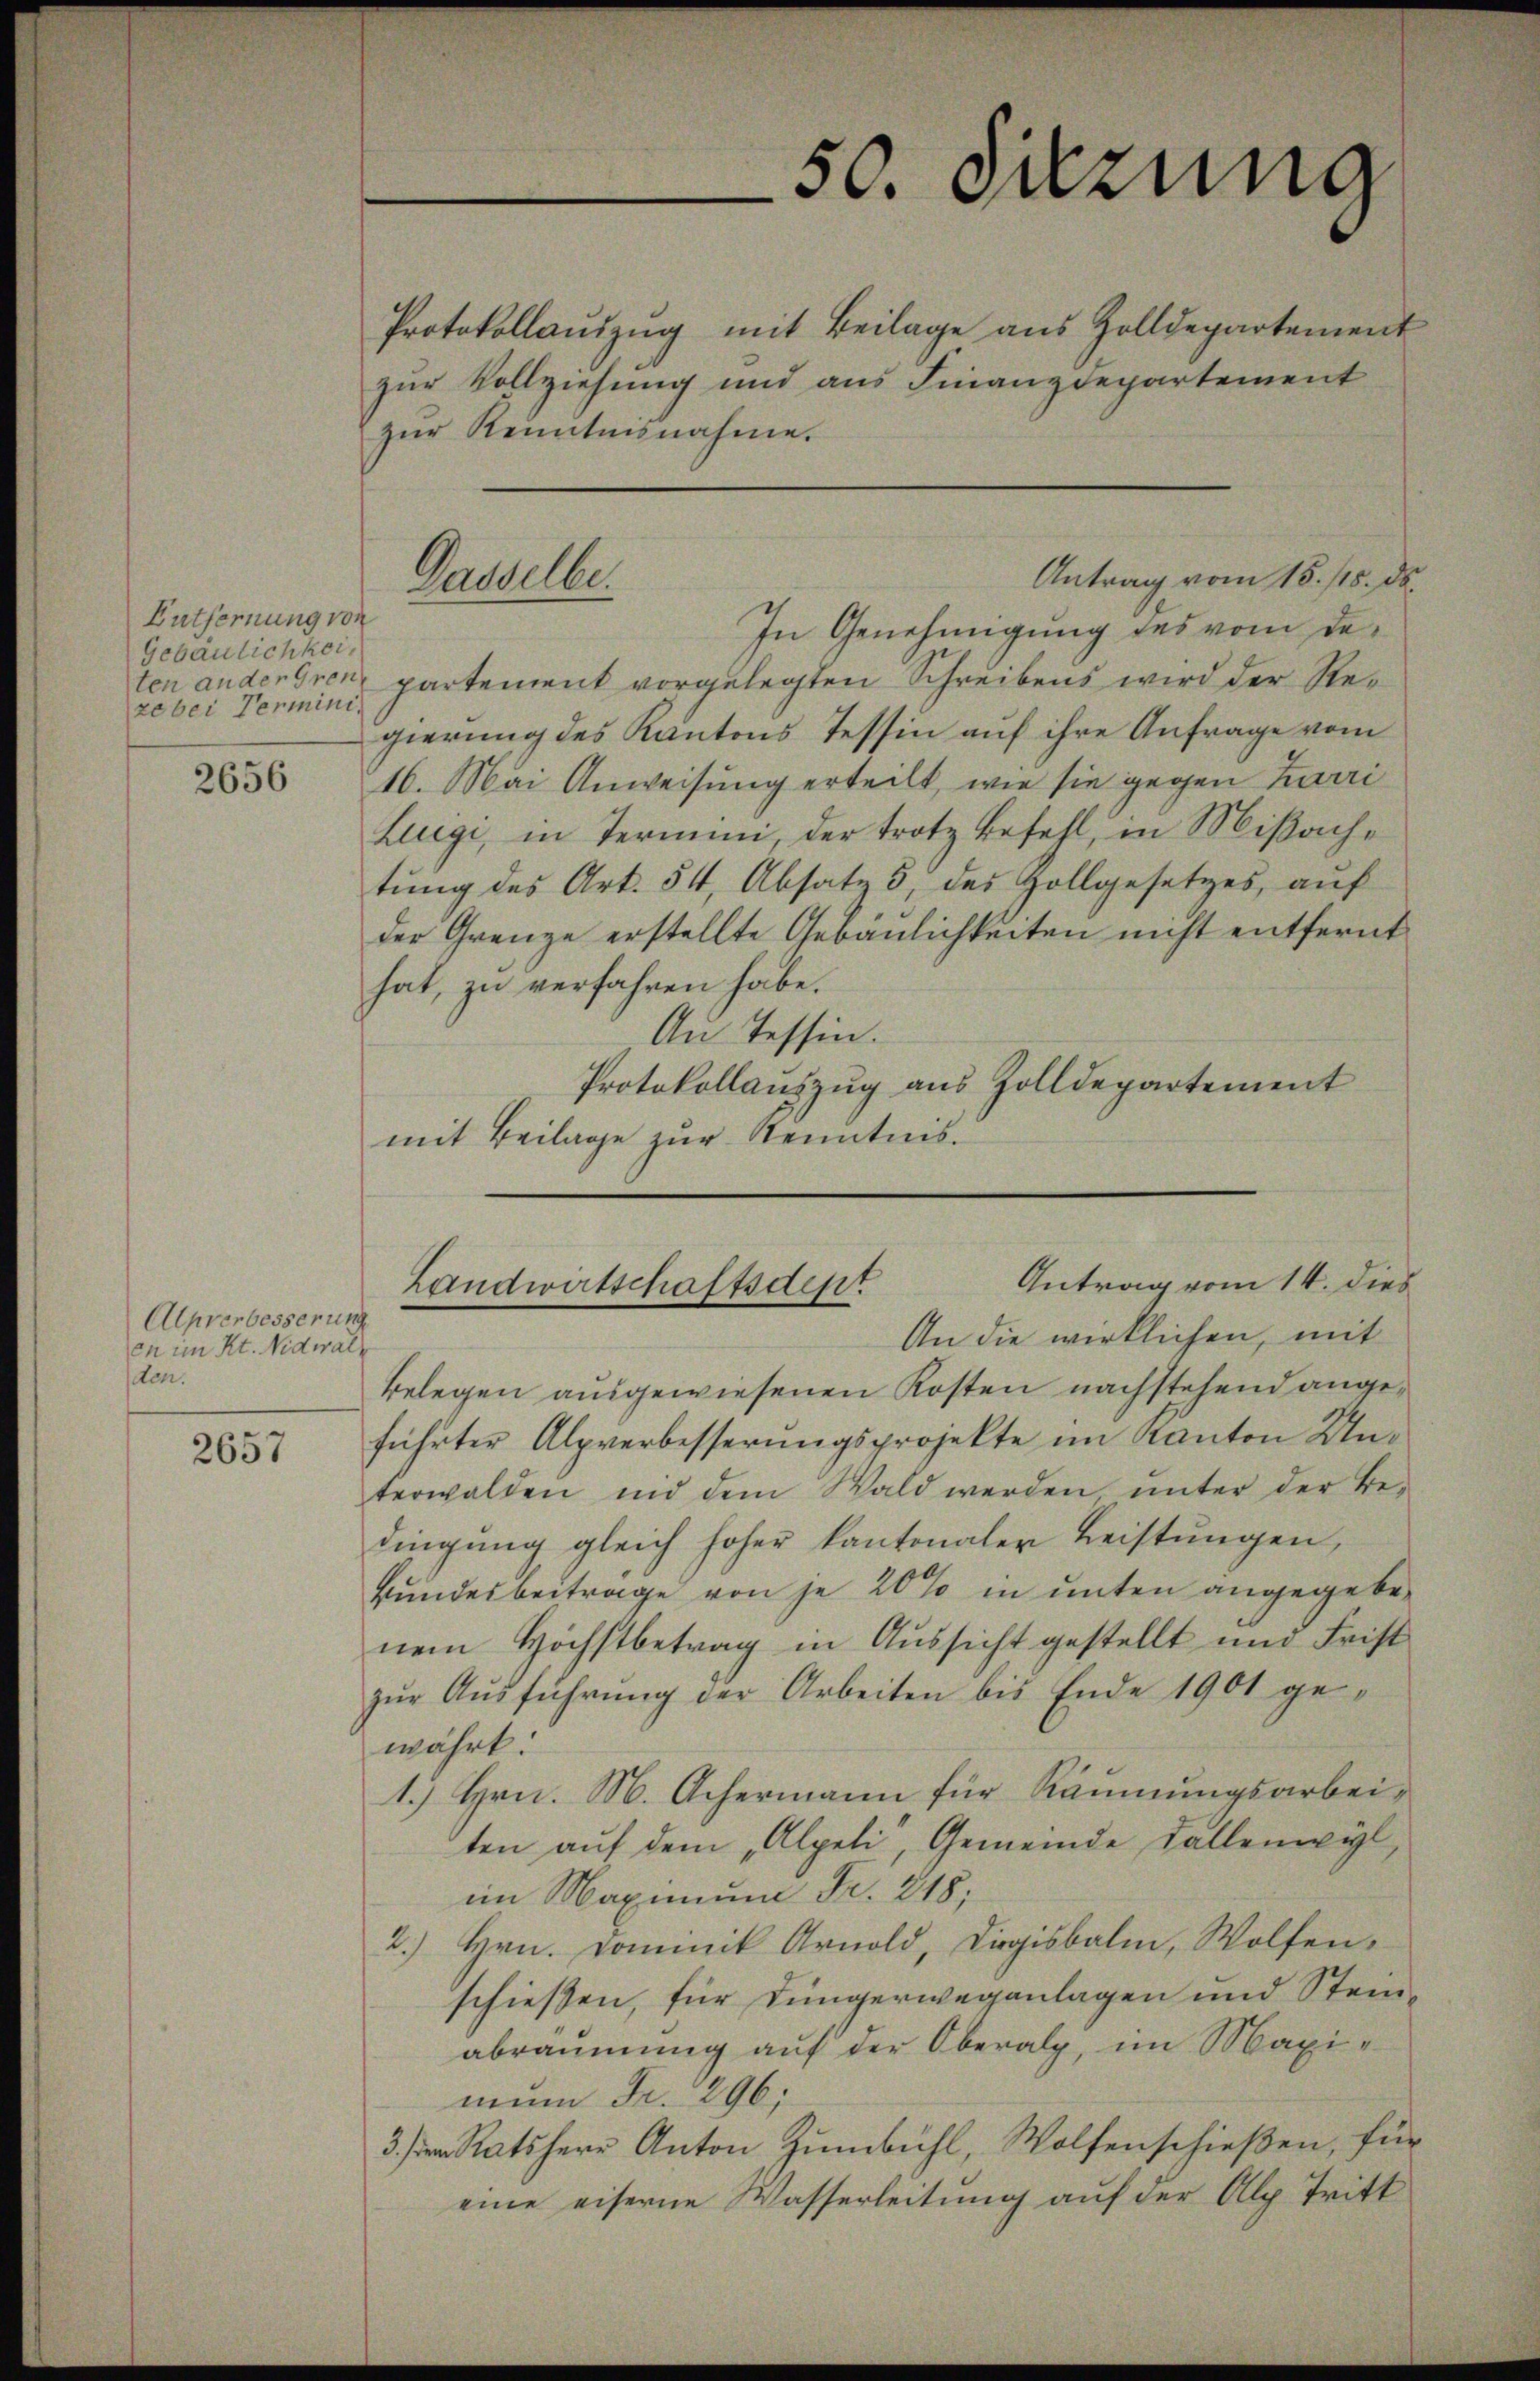
Entfernung von
Gebäulichkei
ze bei Vermini¬

2656

Alpverbesserun
en im Kt. Nidwalz
den.

2657

Protokollaŭszŭg mit Beilage aus Zolldepartement
zŭr Vollziehung und ans Finanzdepartement
zŭr Kenntnisnahme.

In Genehmigung des vom deten andereren, partement vorgelegten Schreibens wird der Regierung des Kantons Tessin auf ihre Anfrage vom
16. Mai Anweisung erteilt, wie sie gegen Zarri
Lugi, in Termini, der trotz befehl, in Mißache
tung des Art. 54, Absatz 5, des Zollgesetzes, auf
der Grenze erstellte Gebäulichkeiten nicht entfernt
hat, zu verfahren habe.
Au Tessin.
Protokollauszug aus Zolldepartement
mit Beilage zŭr Kenntnis.

Gasselbe.

50. Sitzung

Antrag vom 15. 115. ds

belegen ausgewiesenen Kosten nachstehend angeführter Alpverbesserungsprojekte im Kanton Unterwalden und dem Wald werden, ŭnter der Be-
dingung gleich hoher kantonaler Leistŭngen,
kundesbeitrage von je 20% in unten angegebenem Höchstbetrag in Aussicht gestellt und Frist
zŭr Aŭsführŭng der Arbeiten bis Ende 1901 ge-
währt.
1.) Hrn. M. Achermann für Räumungsarbeiten auf dem „Alpeli, Gemeinde Fallenwyl,
im Maximum Fr. 218;
2.) Hrn. Dominik Arnold, Diggisbalm, Wolfen-
schießen, für Düngerwegenlagen und Steinabräumung auf der Oberalp, im Maximun Fr. 296.
3. Ratsherr Anton Zumbühl, Wolfenschießen, für
eine eiserne Wasserleitung auf der Alp. Tritt

Antrag vom 14. dies
Landwirtschaftsdepr
An die wirklichen, mit